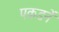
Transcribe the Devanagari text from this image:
पकडनें